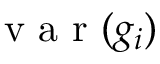
\mathrm { ~ v ~ a ~ r ~ } ( g _ { i } )